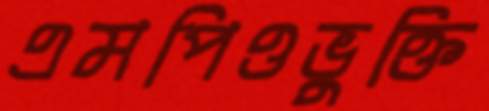
এমপিওভুক্তি